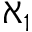
\aleph _ { 1 }